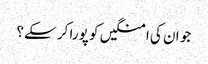
جو ان کی امنگیں کو پورا کر سکے؟